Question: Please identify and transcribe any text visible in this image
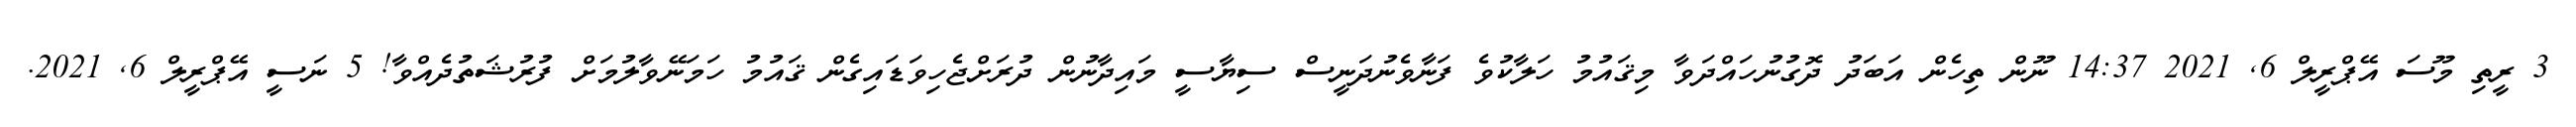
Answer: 3 ރީތި މޫސަ އޭޕްރީލް 6, 2021 14:37 ނޫން ތިހެން އަބަދު ދޮގުނުހައްދަވާ މިޤައުމު ހަލާކުވެ ފަނާވެނުދަނީސް ސިޔާސީ މައިދާނުން ދުރަށްޖެހިވަޑައިގެން ޤައުމު ހަމަނޭވާލުމަށް ފުރުޝަތުދެއްވާ! 5 ނަސީ އޭޕްރީލް 6, 2021.